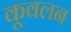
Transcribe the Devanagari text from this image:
कूवलन